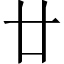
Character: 廿